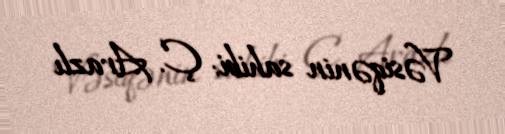
Vəsiqənin sahibi: Ç. Arazlı